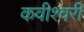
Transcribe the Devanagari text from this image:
कवीश्वरी